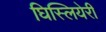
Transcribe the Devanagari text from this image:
घिस्लियेरी